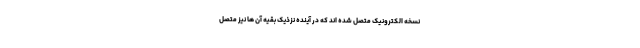
نسخه الکترونیک متصل شده اند که در آینده نزذیک بقیه آن ها نیز متصل